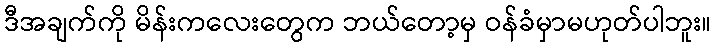
ဒီအချက်ကို မိန်းကလေးတွေက ဘယ်တော့မှ ဝန်ခံမှာမဟုတ်ပါဘူး။